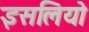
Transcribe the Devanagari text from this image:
इसलियो